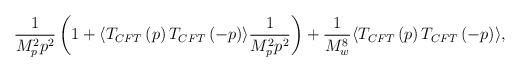
LaTeX: \begin{align*}\frac{1}{M_p^2 p^2}\left( 1 + \langle T_{CFT}\left( p\right) T_{CFT}\left( -p\right)\rangle \frac{1}{M_p ^2p^2}\right) + \frac{1}{M_w^8}\langle T_{CFT}\left( p\right) T_{CFT} \left( -p\right)\rangle ,\end{align*}